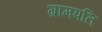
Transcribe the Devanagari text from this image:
ग्रामपति